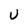
Character: U